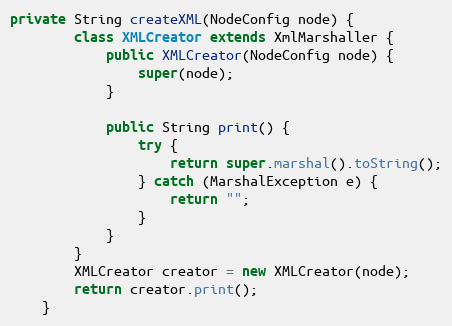
Language: Java
private String createXML(NodeConfig node) {
		class XMLCreator extends XmlMarshaller {
			public XMLCreator(NodeConfig node) {
				super(node);
			}

			public String print() {
				try {
					return super.marshal().toString();
				} catch (MarshalException e) {
					return "";
				}
			}
		}
		XMLCreator creator = new XMLCreator(node);
		return creator.print();
	}